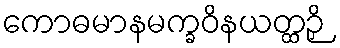
ကောဓမာနမက္ခဝိနယတ္ထဉှိ